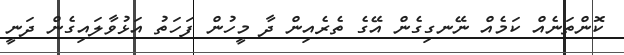
ކޮންތަނެއް ކަމެއް ނޭނގިގެން އޭގެ ތެރެއިން ދާ މީހުން ފަހަތު އަޅުވާލައިގެން ދަނީ